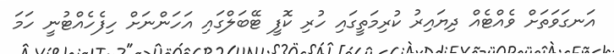
އަނގަވަތަށް ވެއްޓެއް ދިޔައިރު ކުރިމަތީގައި ހުރި ކޮފީ ޓޭބަލްގައި އަހަަންނަށް ހިފެހެއްޓުނީ ހަމަ